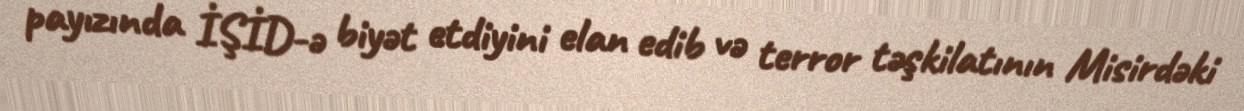
payızında İŞİD-ə biyət etdiyini elan edib və terror təşkilatının Misirdəki